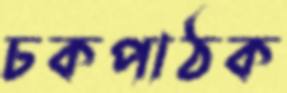
চকপাঠক